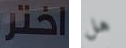
اختر هل